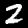
Digit: 2